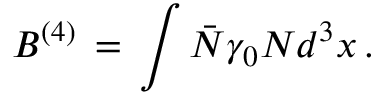
B ^ { ( 4 ) } \, = \, \int \bar { N } \gamma _ { 0 } N d ^ { 3 } x \, .